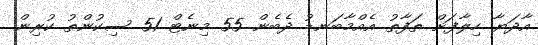
އާދަޔާ ހިލާފަށް ތަފާތު އެއްމާބަނޑު ދެބެން 55 މިނެޓް 51 ސިކުންތު ކުރިން.